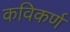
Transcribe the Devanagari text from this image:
कविकर्ण